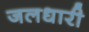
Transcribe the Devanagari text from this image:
जलधारी